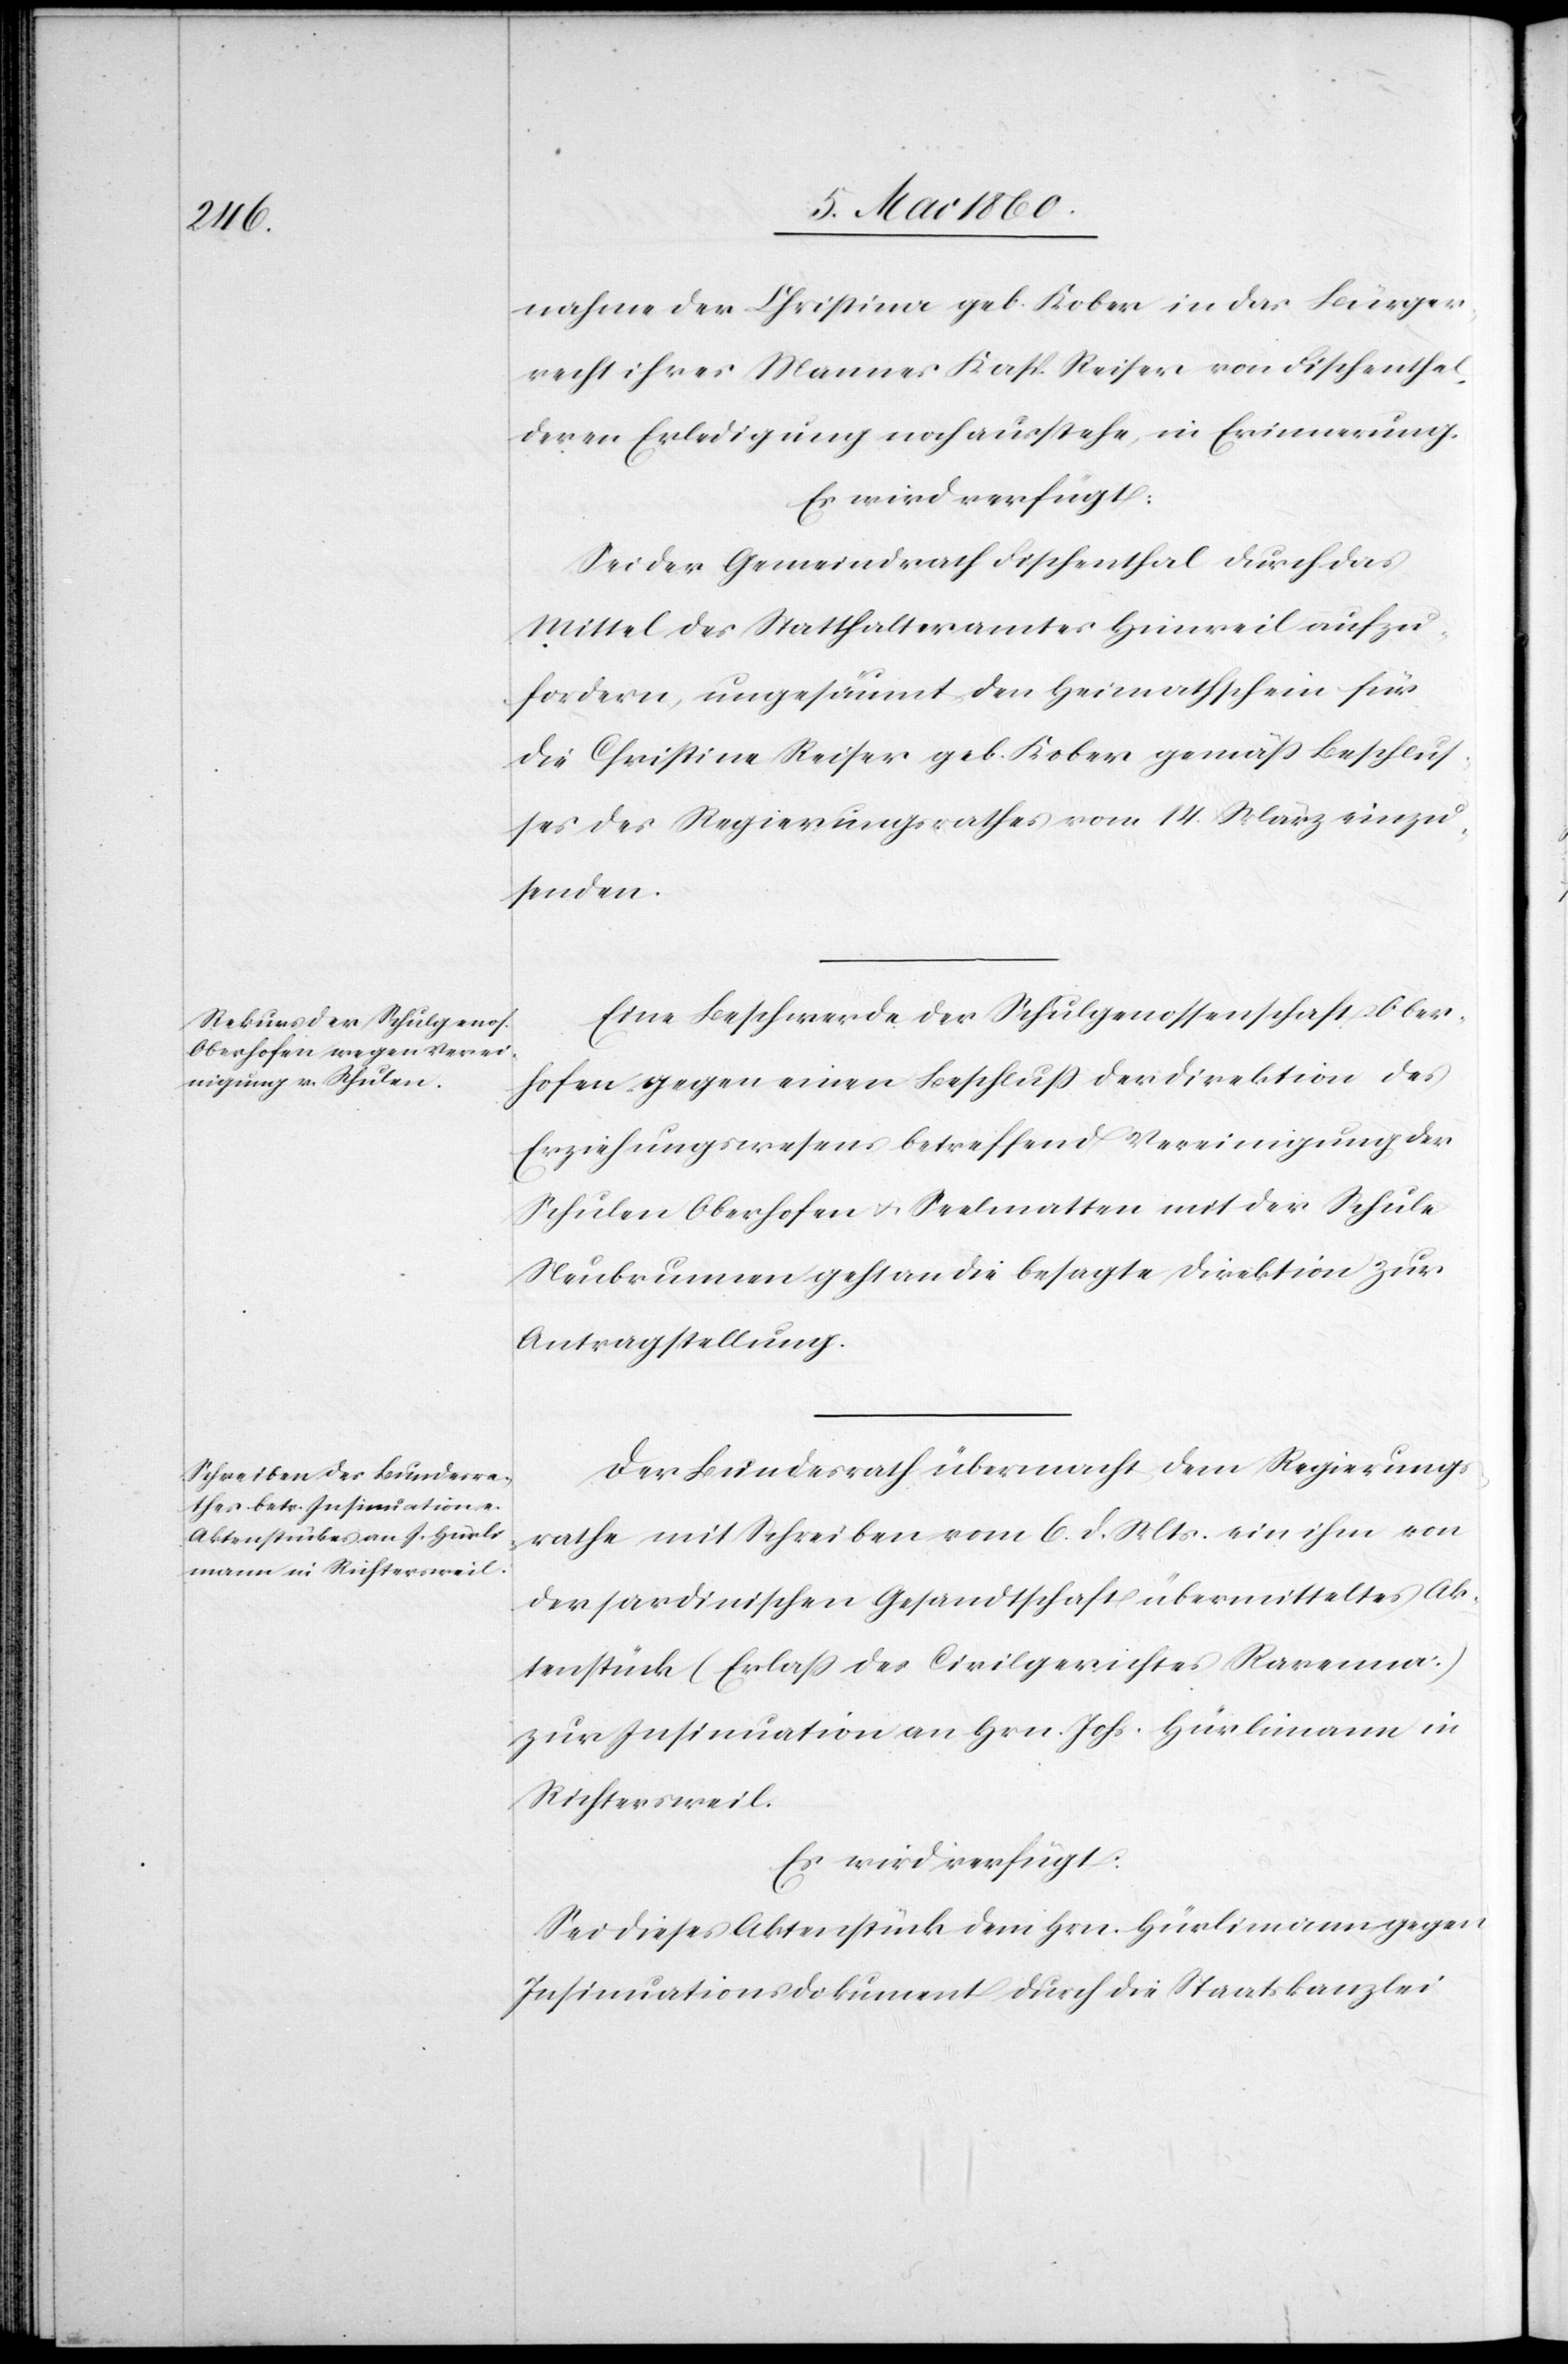
8. Mai 1860.]
nahme der Christina geb. Kober in das Bürger¬
recht ihres Mannes Kasp. Reiser von Fischenthal,
deren Erledigung noch ausstehe, in Erinnerung.
Es wird verfügt:
Sei der Gemeindrath Fischenthal durch das
Mittel des Statthalteramtes Hinweil aufzu¬
fordern, ungesäumt den Heimatschein für
die Christine Reiser geb. Kober gemäss Beschlus¬
ses des Regierungsrathes vom 14. März einzu¬
senden.
Eine Beschwerde der Schulgenossenschaft Ober¬
hofen gegen einen Beschluss der Direktion des
Erziehungswesens betreffend Vereinigung der
Schulen Oberhofen u. Seelmatten mit der Schule
Neubrunnen geht an die besagte Direktion zur
Antragstellung.
Der Bundesrath übermacht dem Regierungs¬
rathe mit Schreiben vom 6. d. Mts. ein ihm von
der sardinischen Gesandtschaft übermitteltes Ak¬
tenstück (Erlass des Civilgerichtes Ravenna)
zur Insinuation an Hrn. Johs. Hürlimann in
Richtersweil.
Es wird verfügt:
Sei dieses Aktenstück dem Hrn. Hürlimann gegen
Insinuationsdokument durch die Staatskanzlei